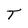
Character: T